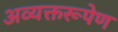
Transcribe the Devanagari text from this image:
अव्यक्तरूपेण